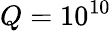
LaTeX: Q=10^{10}